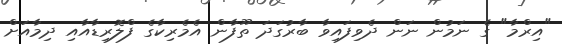
"އިރްމާ" ގެ ނަމުން ނަން ދެވިފައިވާ ބާރުގަދަ ތޫފާން އެމެރިކާގެ ފްލޮރިޑާއާއި ދިމާއަށް